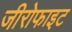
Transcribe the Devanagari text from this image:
जीरोफाइट